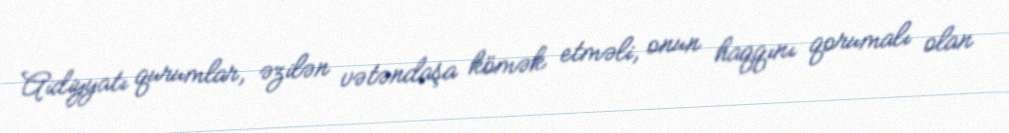
Aidiyyatı qurumlar, əzilən vətəndaşa kömək etməli, onun haqqını qorumalı olan